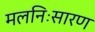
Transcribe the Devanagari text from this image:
मलनिःसारण